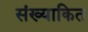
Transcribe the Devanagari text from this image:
संख्याकित